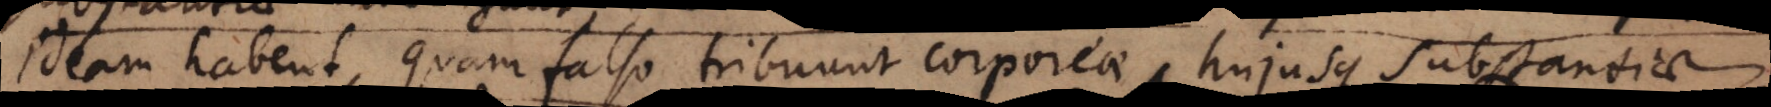
ideam habent, quam falso tribuunt corporeae, hujusque substantiae